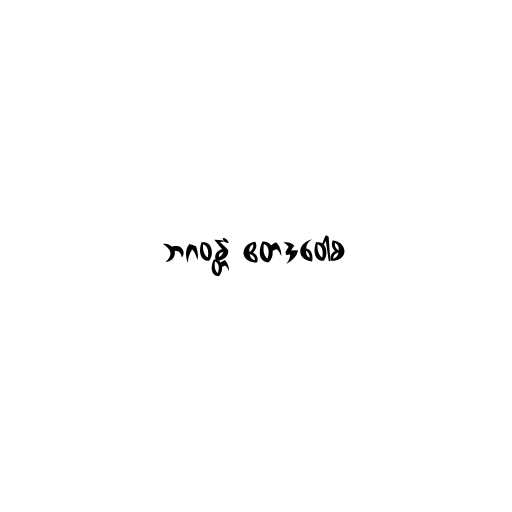
ဘဂဝန္တံ ဧတဒဝေါစ